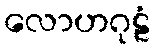
လောဟဂုဠံ